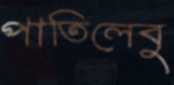
পাতিলেবু